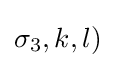
\sigma _{3},k,l)